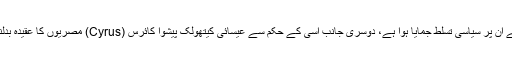
ایک طرف بازنطینی حکمران ہرقل (Heraclius) نے ان پر سیاسی تسلط جمایا ہوا ہے، دوسری جانب اسی کے حکم سے عیسائی کیتھولک پیشوا کائرس (Cyrus) مصریوں کا عقیدہ بدلنے کے لیے ان پر جبر و تعذیب کے پہاڑ ڈھا رہا ہے۔